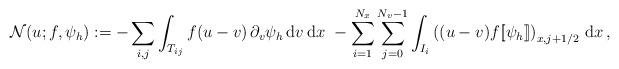
LaTeX: \begin{align*}\mathcal{N}(u;f,\psi_h) := -\sum_{i,j}\int_{T_{ij}} f (u - v)\,\partial_v\psi_h\,{\rm d}v\,{\rm d}x \,\, - \sum_{i = 1}^{N_x}\sum_{j=0}^{N_v-1}\int_{I_i}\left((u - v) f[\![\psi_h]\!]\right)_{x,j+1/2}\,{\rm d}x \, ,\end{align*}